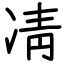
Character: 凊